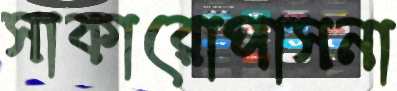
সাকারোপাসনা